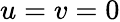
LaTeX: u=v=0